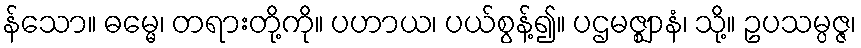
န်သော။ ဓမ္မေ၊ တရားတို့ကို။ ပဟာယ၊ ပယ်စွန့်၍။ ပဌမဇ္ဈာနံ၊ သို့။ ဥပသမ္ပဇ္ဇ၊